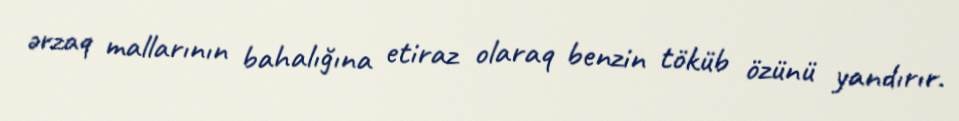
ərzaq mallarının bahalığına etiraz olaraq benzin töküb özünü yandırır.